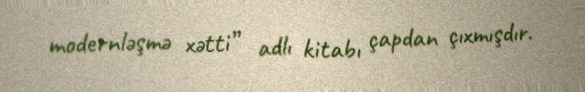
modernləşmə xətti” adlı kitabı çapdan çıxmışdır.